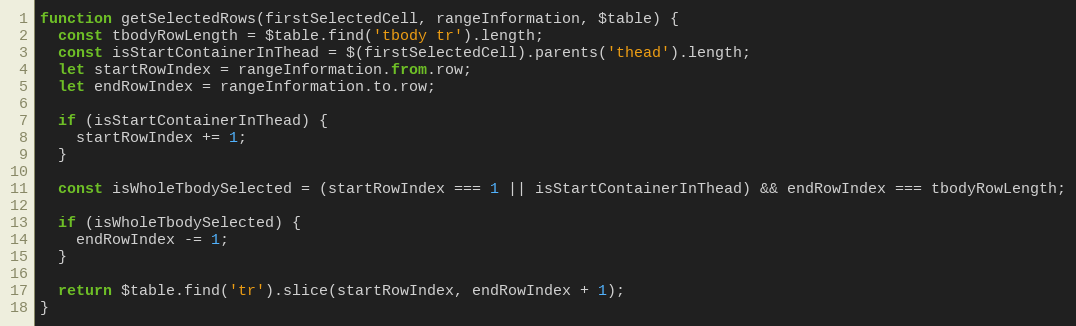
Language: JavaScript
function getSelectedRows(firstSelectedCell, rangeInformation, $table) {
  const tbodyRowLength = $table.find('tbody tr').length;
  const isStartContainerInThead = $(firstSelectedCell).parents('thead').length;
  let startRowIndex = rangeInformation.from.row;
  let endRowIndex = rangeInformation.to.row;

  if (isStartContainerInThead) {
    startRowIndex += 1;
  }

  const isWholeTbodySelected = (startRowIndex === 1 || isStartContainerInThead) && endRowIndex === tbodyRowLength;

  if (isWholeTbodySelected) {
    endRowIndex -= 1;
  }

  return $table.find('tr').slice(startRowIndex, endRowIndex + 1);
}